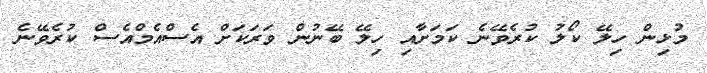
މުޅިން ހިލޭ ކޯލު ކުރެވޭނެ ކަމަށާއި ހިލޭ ބޭނުން ވަރަކަށް އެސްއެމްއެސް ކުރެވޭނެ